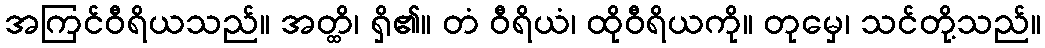
အကြင်ဝီရိယသည်။ အတ္ထိ၊ ရှိ၏။ တံ ဝီရိယံ၊ ထိုဝီရိယကို။ တုမှေ၊ သင်တို့သည်။